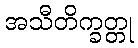
အသီတိက္ခတ္တု